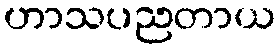
ဟာသပညတာယ